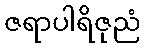
ဇရာပါရိဇုညံ